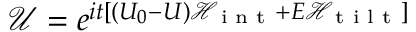
{ \mathcal { U } } = e ^ { i t \left[ ( U _ { 0 } - U ) { \mathcal { H } } _ { \textrm { i n t } } + E { \mathcal { H } } _ { \textrm { t i l t } } \right] }